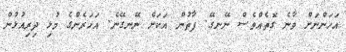
އަހަންނަށް ވާނެ ގޮތެއްވެސް ނޭނގޭ. ފާތުން އަކަށް ނޭނގޭނެ. އަހަރެންގެ މުޅި ދިރިއުޅުން